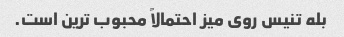
بله تنیس روی میز احتمالاً محبوب ترین است.